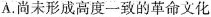
A.尚未形成高度一致的革命文化